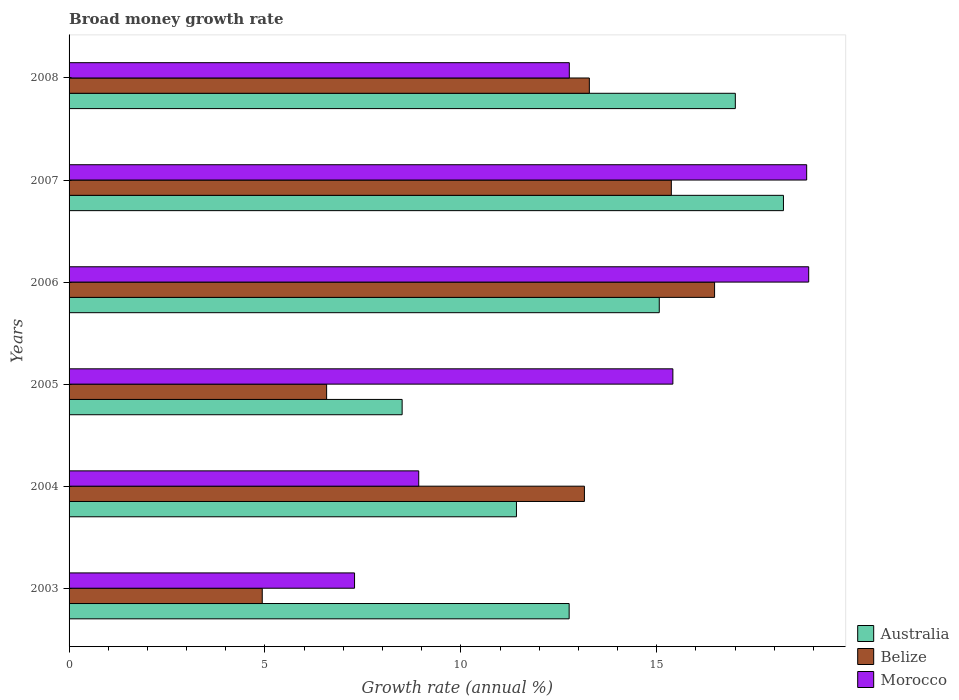
| Years | Australia | Belize | Morocco |
 | --- | --- | --- | --- |
 | 2003 | 12.8 | 4.93 | 7.29 |
 | 2004 | 11.4 | 13.2 | 8.92 |
 | 2005 | 8.5 | 6.57 | 15.4 |
 | 2006 | 15.1 | 16.5 | 18.9 |
 | 2007 | 18.2 | 15.4 | 18.8 |
 | 2008 | 17 | 13.3 | 12.8 |